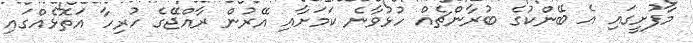
މާފުށީގައި އެ ބޭންކުގެ ބުރާންޗެއް ހުޅުވާނެ ކަމަށާއި އޭރުން ރާއްޖޭގެ ހުރިހާ އަތޮޅެއްގައި